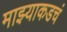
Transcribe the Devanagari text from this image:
माझ्याकडचं